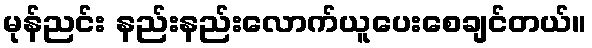
မုန်ညင်း နည်းနည်းလောက်ယူပေးစေချင်တယ်။